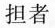
担者